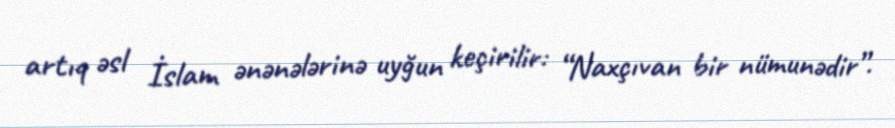
artıq əsl İslam ənənələrinə uyğun keçirilir: “Naxçıvan bir nümunədir”.